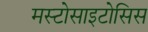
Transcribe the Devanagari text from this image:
मस्टोसाइटोसिस